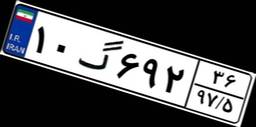
۵۹گ۶۶۵۴۷